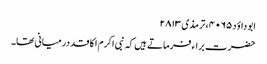
ابو داؤد ۴۰۶۵، ترمذی ۲۸۱۳
حضرت براء فرماتے ہیں کہ نبی اکرم ا کا قد درمیانی تھا۔